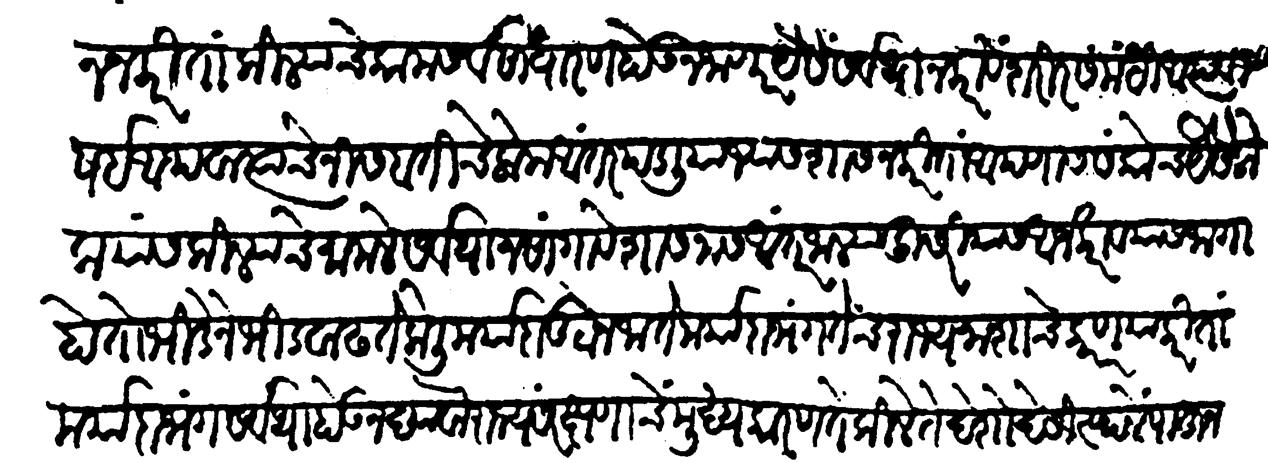
Transliteration (Devanagari): शासन करिता किल्ल्याचे काम सर्वसाधारण होऊन जाणार यैसें सर्वथा न करावे शरीरसंबंधी आप्त विषई अथवा त्यांचे निसबतीचे लोक अंतर पडलिया ज्यास शासन करिता आपणास संतोस यैसे लोकांस किल्ल्याचे मामले सर्वथा न सांगावे शासनास आंतर जाल्या दुसरीयास अर्ज करावयास जागा होतो भिडेने भीड वाढते केली मर्यादा तुटोन जाते मर्यादाभंग तेंच राज्यनाशाचे कारण या करितामर्यादाभंग सर्वथा होऊ न द्यावा राज्यसंरक्षणाचें मुख्य कारण तें किल्ले ते देशोदेशीं स्थळे पाहून